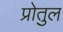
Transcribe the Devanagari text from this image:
प्रोतुल